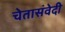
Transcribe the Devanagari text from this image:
चेतासंवेदी